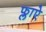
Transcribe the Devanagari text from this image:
फ्लाऐ